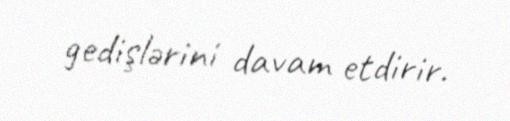
gedişlərini davam etdirir.